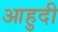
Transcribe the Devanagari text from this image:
आहुदी